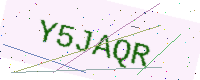
Text: Y5JAQR